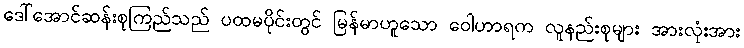
ဒေါ်အောင်ဆန်းစုကြည်သည် ပထမပိုင်းတွင် မြန်မာဟူသော ဝေါဟာရက လူနည်းစုများ အားလုံးအား